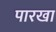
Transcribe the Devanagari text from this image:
पारखा